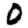
Digit: 0